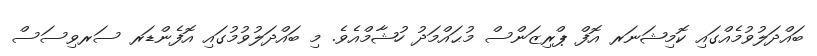
ބައްދަލުވުމެއްގައި ކޮމިޝަނަރ އޮފް ޕްރިޒަންސް މުޙައްމަދު ހުޝާމްއެވެ. މި ބައްދަލުވުމުގައި އޮފެންޑަރ ސަރވިސަސް